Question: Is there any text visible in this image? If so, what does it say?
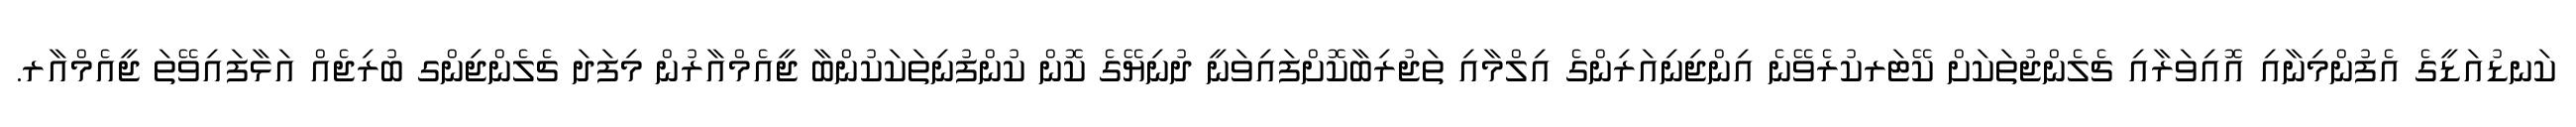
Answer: ކަނޑުއަޑީގެ އެފުންމިނާއި އޮއިވަރާއި ޗެލެންޖުތަކަށް ކޭޓަރކުރެވޭނެ އިންޖިނިއަރިންގެ އިލްމާއި ތަޖުރިބާކޮށްފައިވަނީ ދުނިޔޭގެ ކޮން ކުންފުނިތަކަކުންބާ ޖީއެމްއާރުން މިފަދަ ޗެލެންޖިންގ ބުރިޖެއް އަޅާފައިވޭތަ ޖީއެމްއާރ.